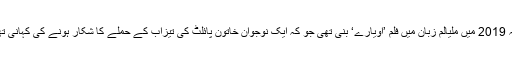
سنہ 2019 میں ملیالم زبان میں فلم ’اویارے‘ بنی تھی جو کہ ایک نوجوان خاتون پائلٹ کی تیزاب کے حملے کا شکار ہونے کی کہانی تھی۔